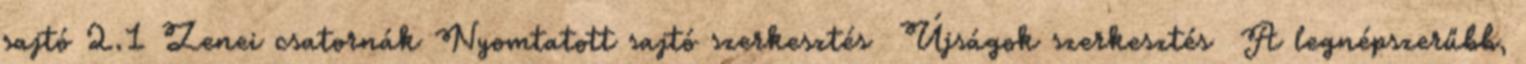
sajtó 2.1 Zenei csatornák Nyomtatott sajtó szerkesztés Újságok szerkesztés A legnépszerűbb,